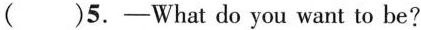
( )5.-What do you want to be?